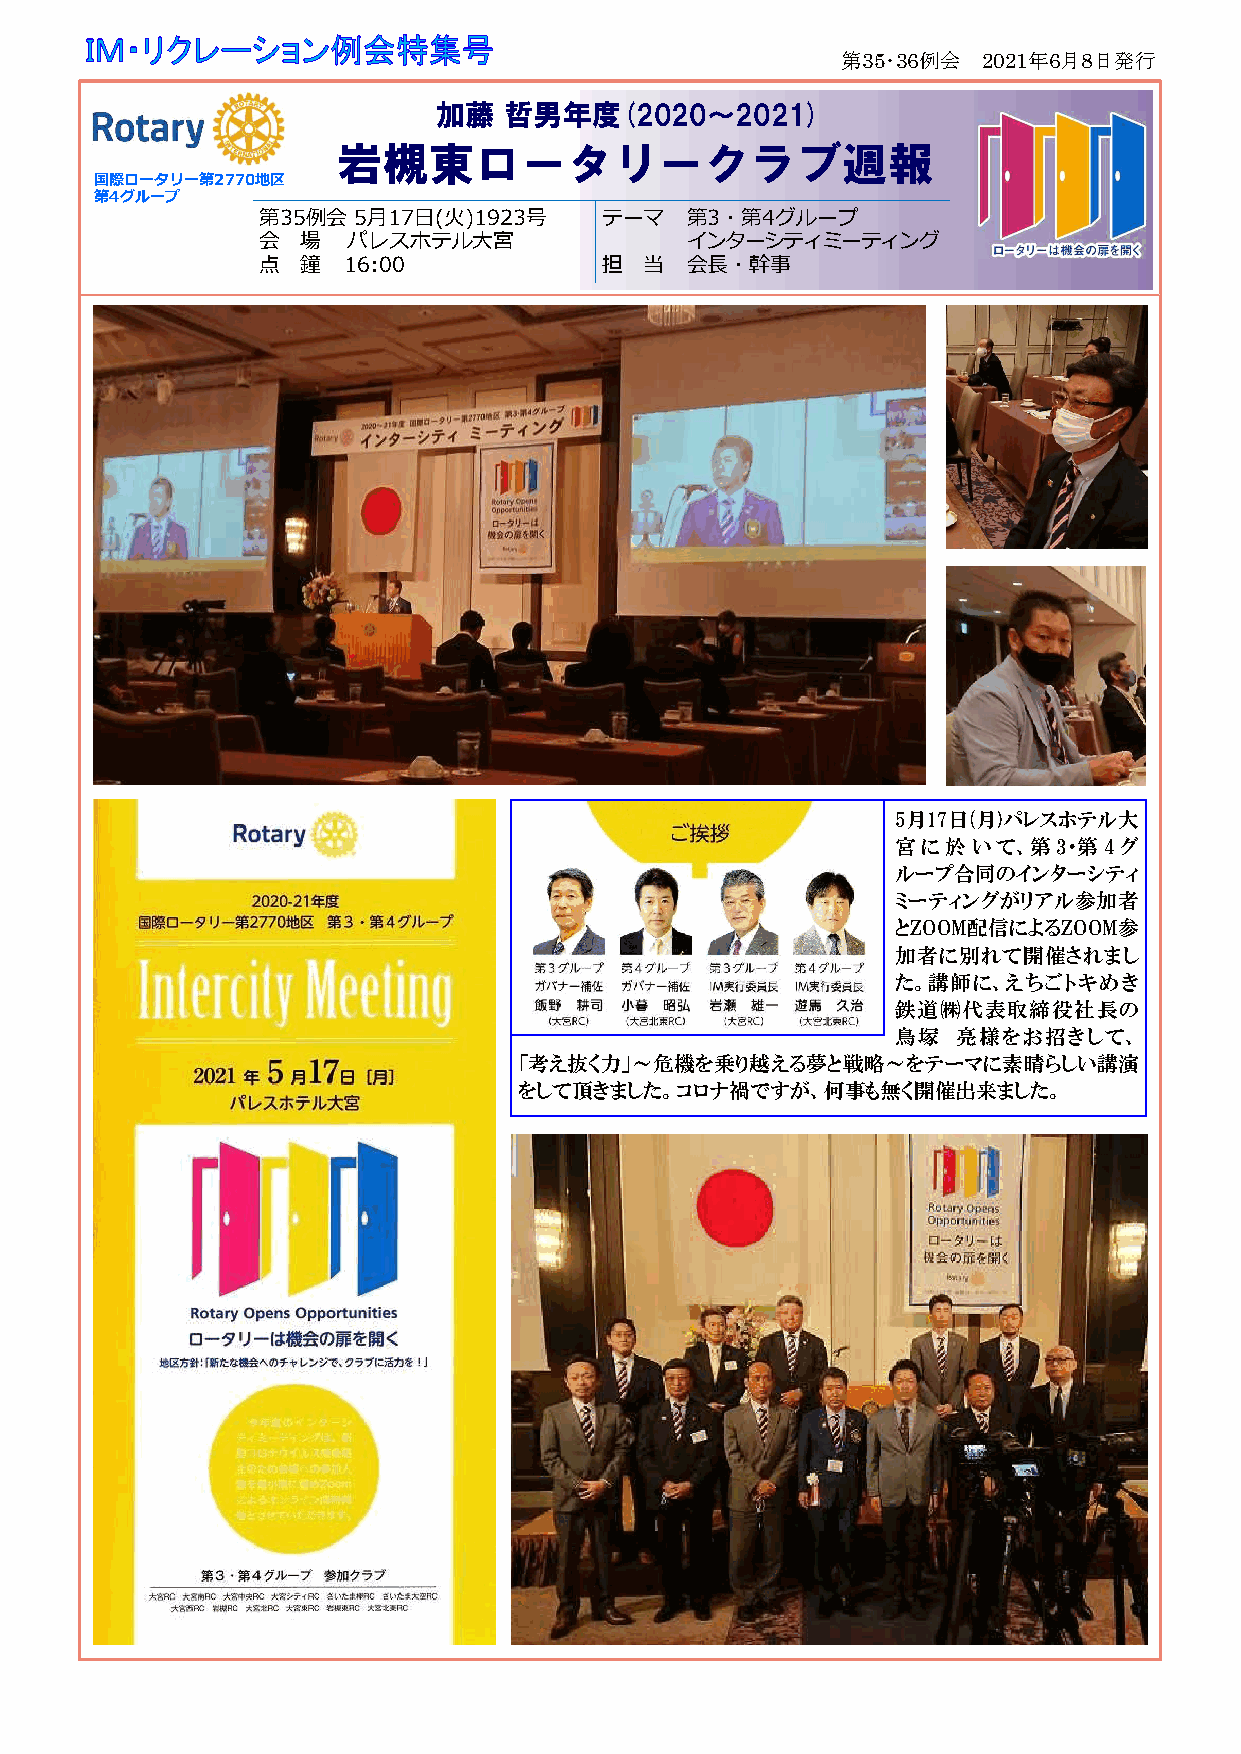
第35･36例会 2021年6月8日発行
 加藤  哲男年度(2020～2021)
 岩槻東ロータリークラブ週報
 国国国国国際際際際際ロロロロローーーーータタタタタリリリリリーーーーー第第第第第22222777777777700000地地地地地区区区区区
 第第第第第44444グググググルルルルルーーーーープププププ
 第35例会 5月17日(火)1923号    テーマ  第3・第4グループ
 会  場  パレスホテル大宮              インターシティミーティング
 点  鐘  16:00            担  当 会長・幹事
 5月17日(月)パレスホテル大
 宮に於いて、第3・第4グ
 ループ合同のインターシティ
 ミーティングがリアル参加者
 とZOOM配信によるZOOM参
 加者に別れて開催されまし
 た。講師に、えちごトキめき
 鉄道㈱代表取締役社長の
 鳥塚  亮様をお招きして、
 「考え抜く力」～危機を乗り越える夢と戦略～をテーマに素晴らしい講演
 をして頂きました。コロナ禍ですが、何事も無く開催出来ました。